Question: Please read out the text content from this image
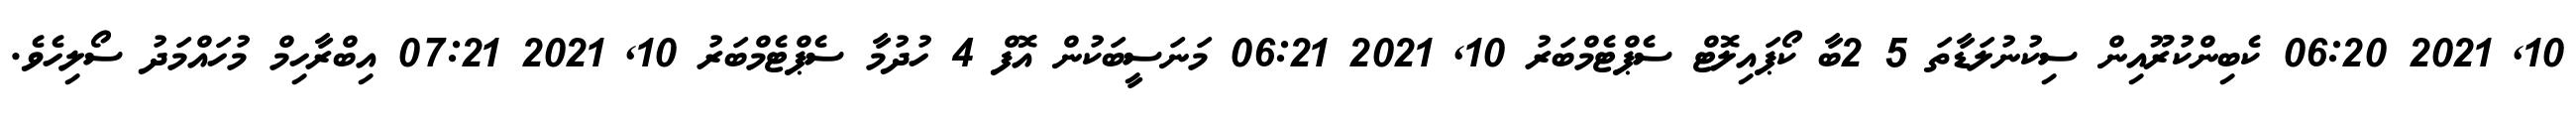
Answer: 10, 2021 06:20 ކެބިންކުރޫއިން ސިކުނުލަޑާތަ 5 2ބާ ކޯޕައިލޮޓް ސެޕްޓެމްބަރު 10, 2021 06:21 މަނަސީބަކުން އޮފް 4 ހުދުމާ ސެޕްޓެމްބަރު 10, 2021 07:21 އިބްރާހިމް މުހައްމަދު ސޯލިހެވެ.